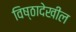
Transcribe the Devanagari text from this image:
विष्ठादेखील